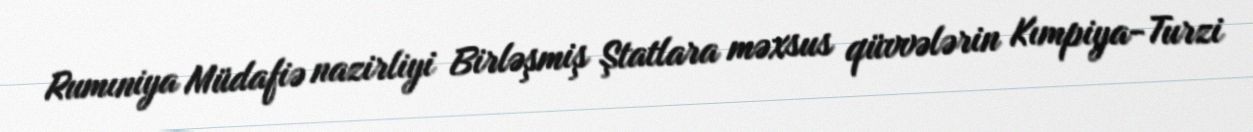
Rumıniya Müdafiə nazirliyi Birləşmiş Ştatlara məxsus qüvvələrin Kımpiya-Turzi